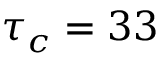
\tau _ { c } = 3 3